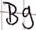
Text: B9